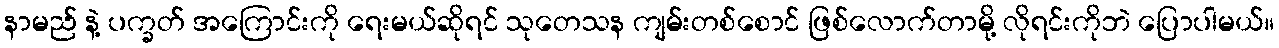
နာမည် နဲ့ ပက္ခတ် အကြောင်းကို ရေးမယ်ဆိုရင် သုတေသန ကျမ်းတစ်စောင် ဖြစ်လောက်တာမို့ လိုရင်းကိုဘဲ ပြောပါမယ်။